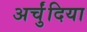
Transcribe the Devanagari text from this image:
अर्चुंदिया